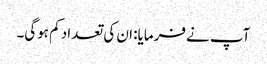
آپ نے فرمایا: ان کی تعداد کم ہوگی۔